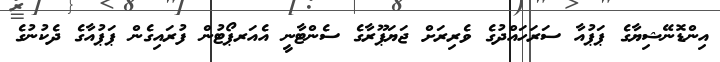
އިންޑޮނޭޝިޔާގެ ޕަޕުއާ ސަރަހައްދުގެ ވެރިރަށް ޖަޔަޕޫރާގެ ސެންޓާނީ އެއަރޕޯޓުން ފުރައިގެން ޕަޕުއާގެ ދެކުނުގެ